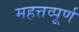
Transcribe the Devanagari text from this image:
महत्तव्पूर्ण